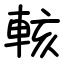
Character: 輆